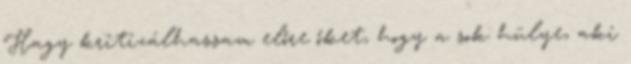
Hagy kritizálhassam előre őket, hogy a sok hülye, aki